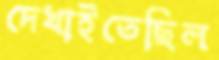
দেখাইতেছিল